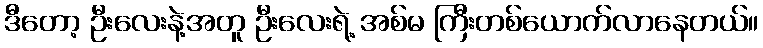
ဒီတော့ ဦးလေးနဲ့အတူ ဦးလေးရဲ့ အစ်မ ကြီးတစ်ယောက်လာနေတယ်။